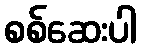
စစ်ဆေးပါ